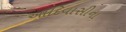
આદિવાસીના